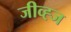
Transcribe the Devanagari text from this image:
जीव्ह्ज